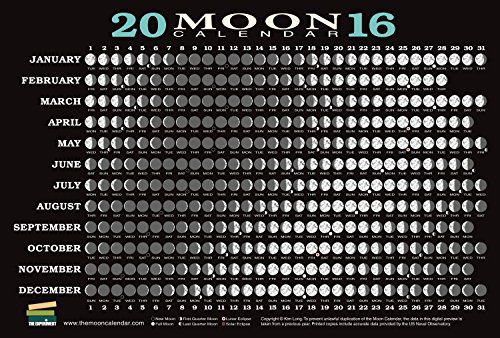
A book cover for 2016 Moon Calendar Card (5-pack); Kim Long; Calendars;